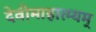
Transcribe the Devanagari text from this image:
देवीमाहात्म्यम्